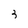
Character: 3